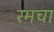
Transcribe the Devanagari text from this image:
रमचा